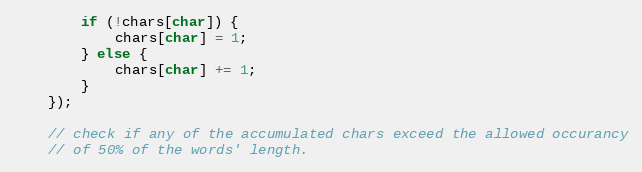
Language: JavaScript
        if (!chars[char]) {
            chars[char] = 1;
        } else {
            chars[char] += 1;
        }
    });

    // check if any of the accumulated chars exceed the allowed occurancy
    // of 50% of the words' length.